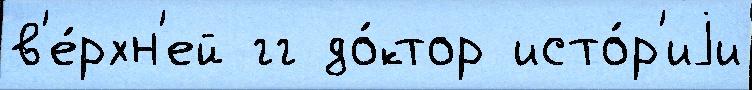
в'е́рхн'ей гг до́ктор исто́р'иjи